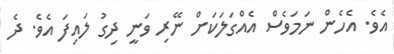
އެވެ. އެހެން ނަމަވެސް އެއްގަލަކަށް ނޭރި ވަނީ ދިގު ލައިފަ އެވެ. ދެ